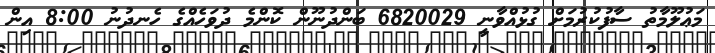
މަޢުލޫމާތު ސާފުކުރުމަށް ގުޅުއްވާނީ 6820029 ބަންދުނޫން ކޮންމެ ދުވަހެއްގެ ހެނދުނު 8:00 އިން